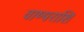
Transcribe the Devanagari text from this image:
वाष्पराशि